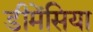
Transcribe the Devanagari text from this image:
डीमेंसिया